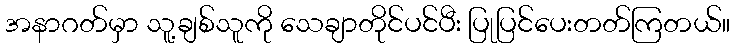
အနာဂတ်မှာ သူ့ချစ်သူကို သေချာတိုင်ပင်ပီး ပြုပြင်ပေးတတ်ကြတယ်။